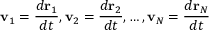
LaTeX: \mathbf { v } _ { 1 } = { \frac { d \mathbf { r } _ { 1 } } { d t } } , \mathbf { v } _ { 2 } = { \frac { d \mathbf { r } _ { 2 } } { d t } } , \ldots , \mathbf { v } _ { N } = { \frac { d \mathbf { r } _ { N } } { d t } }